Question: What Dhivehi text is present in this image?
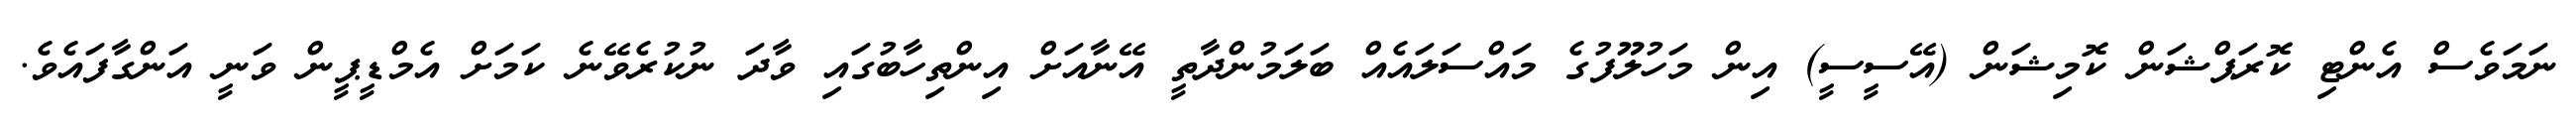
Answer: ނަމަވެސް އެންޓި ކޮރަޕްޝަން ކޮމިޝަން (އޭސީސީ) އިން މަހުލޫފުގެ މައްސަލައެއް ބަލަމުންދާތީ އޭނާއަށް އިންތިހާބުގައި ވާދަ ނުކުރެވޭނެ ކަމަށް އެމްޑީޕީން ވަނީ އަންގާފައެވެ.